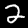
Label: 2